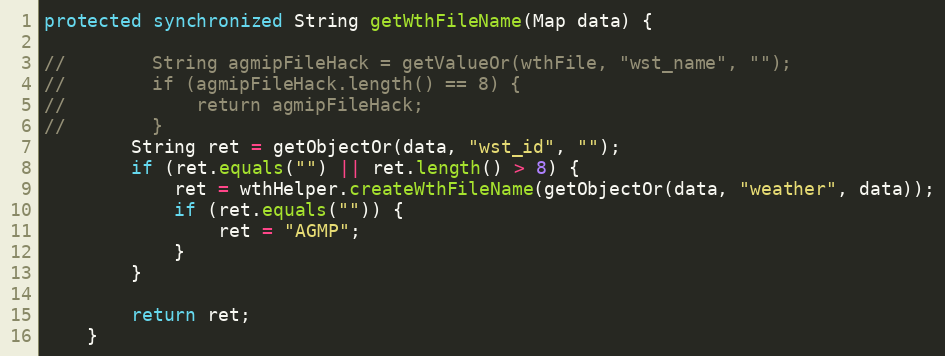
Language: Java
protected synchronized String getWthFileName(Map data) {

//        String agmipFileHack = getValueOr(wthFile, "wst_name", "");
//        if (agmipFileHack.length() == 8) {
//            return agmipFileHack;
//        }
        String ret = getObjectOr(data, "wst_id", "");
        if (ret.equals("") || ret.length() > 8) {
            ret = wthHelper.createWthFileName(getObjectOr(data, "weather", data));
            if (ret.equals("")) {
                ret = "AGMP";
            }
        }

        return ret;
    }